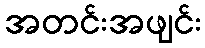
အတင်းအဖျင်း